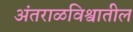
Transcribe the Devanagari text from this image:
अंतराळविश्वातील